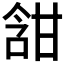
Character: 𭉀